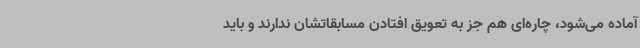
آماده می‌شود، چاره‌ای هم جز به تعویق افتادن مسابقاتشان ندارند و باید